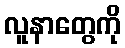
လူနာတွေကို